Civil Veterinary Dept. Bombay admin report 1923-31 - 1923-1931
Year: 1923
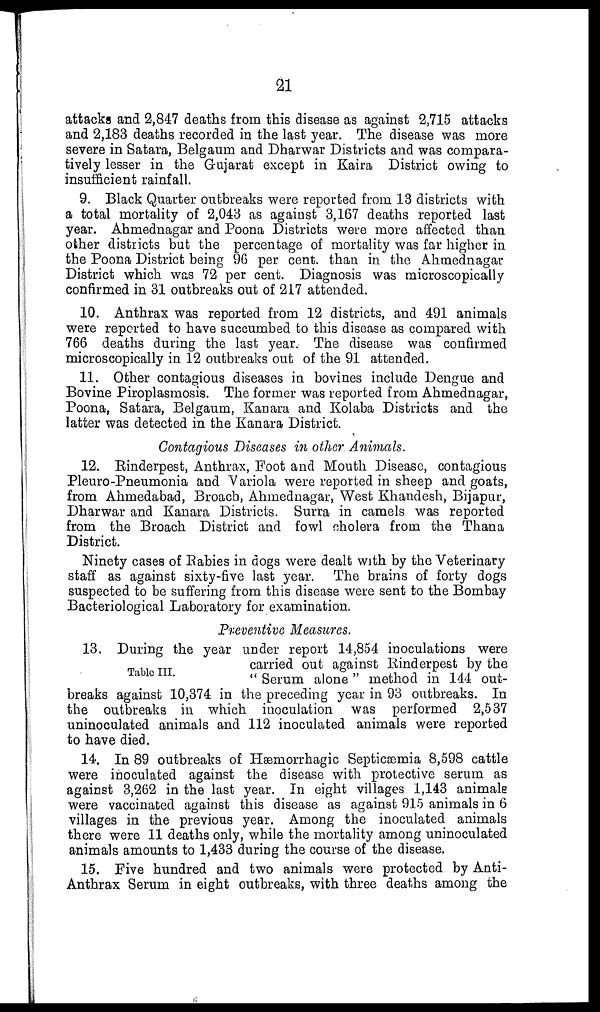
21
attacks and 2,847 deaths from this disease as against 2,715 attacks
and 2,183 deaths recorded in the last year. The disease was more
severe in Satara, Belgaum and Dharwar Districts and was compara-
tively lesser in the Gujarat except in Kaira District owing to
insufficient rainfall.
9. Black Quarter outbreaks were reported from 13 districts with
a total mortality of 2,043 as against 3,167 deaths reported last
year. Ahmednagar and Poona Districts were more affected than
other districts but the percentage of mortality was far higher in
the Poona District being 96 per cent. than in the Ahmednagar
District which was 72 per cent. Diagnosis was microscopically
confirmed in 31 outbreaks out of 217 attended.
10. Anthrax was reported from 12 districts, and 491 animals
were reported to have succumbed to this disease as compared with
766 deaths during the last year. The disease was confirmed
microscopically in 12 outbreaks out of the 91 attended.
11. Other contagious diseases in bovines include Dengue and
Bovine Piroplasmosis. The former was reported from Ahmednagar,
Poona, Satara, Belgaum, Kanara and Kolaba Districts and the
latter was detected in the Kanara District.
Contagious Diseases in other Animals.
12. Rinderpest, Anthrax, Foot and Mouth Disease, contagious
Pleuro-Pneumonia and Variola were reported in sheep and goats,
from Ahmedabad, Broach, Ahmednagar, West Khandesh, Bijapur,
Dharwar and Kanara Districts. Surra in camels was reported
from the Broach District and fowl cholera from the Thana
District.
Ninety cases of Rabies in dogs were dealt with by the Veterinary
staff as against sixty-five last year. The brains of forty dogs
suspected to be suffering from this disease were sent to the Bombay
Bacteriological Laboratory for examination.
Preventive Measures.
Table III.
13. During the year under report 14,854 inoculations were
carried out against Rinderpest by the
" Serum alone" method in 144 out-
breaks against 10,374 in the preceding year in 93 outbreaks. In
the outbreaks in which inoculation was performed 2,537
uninoculated animals and 112 inoculated animals were reported
to have died.
14. In 89 outbreaks of Hæmorrhagic Septicæmia 8,598 cattle
were inoculated against the disease with protective serum as
against 3,262 in the last year. In eight villages 1,143 animals
were vaccinated against this disease as against 915 animals in 6
villages in the previous year. Among the inoculated animals
there were 11 deaths only, while the mortality among uninoculated
animals amounts to 1,433 during the course of the disease.
15. Five hundred and two animals were protected by Anti-
Anthrax Serum in eight outbreaks, with three deaths among the